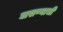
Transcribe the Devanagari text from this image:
घासण्याची